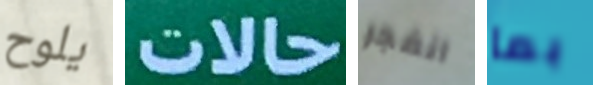
يلوح حالات انفجر بما